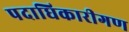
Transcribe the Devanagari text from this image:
पदाधिकारीगण